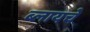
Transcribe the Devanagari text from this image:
ब्लायचे